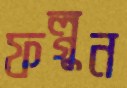
ফল্গুন